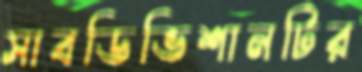
সাবডিভিশানটির